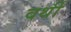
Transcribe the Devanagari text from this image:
वर्थी